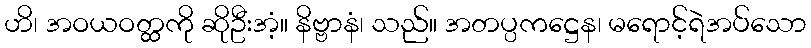
ဟိ၊ အဝယဝတ္ထကို ဆိုဦးအံ့။ နိဗ္ဗာနံ၊ သည်။ အတပ္ပကဋ္ဌေန၊ မရောင့်ရဲအပ်သော